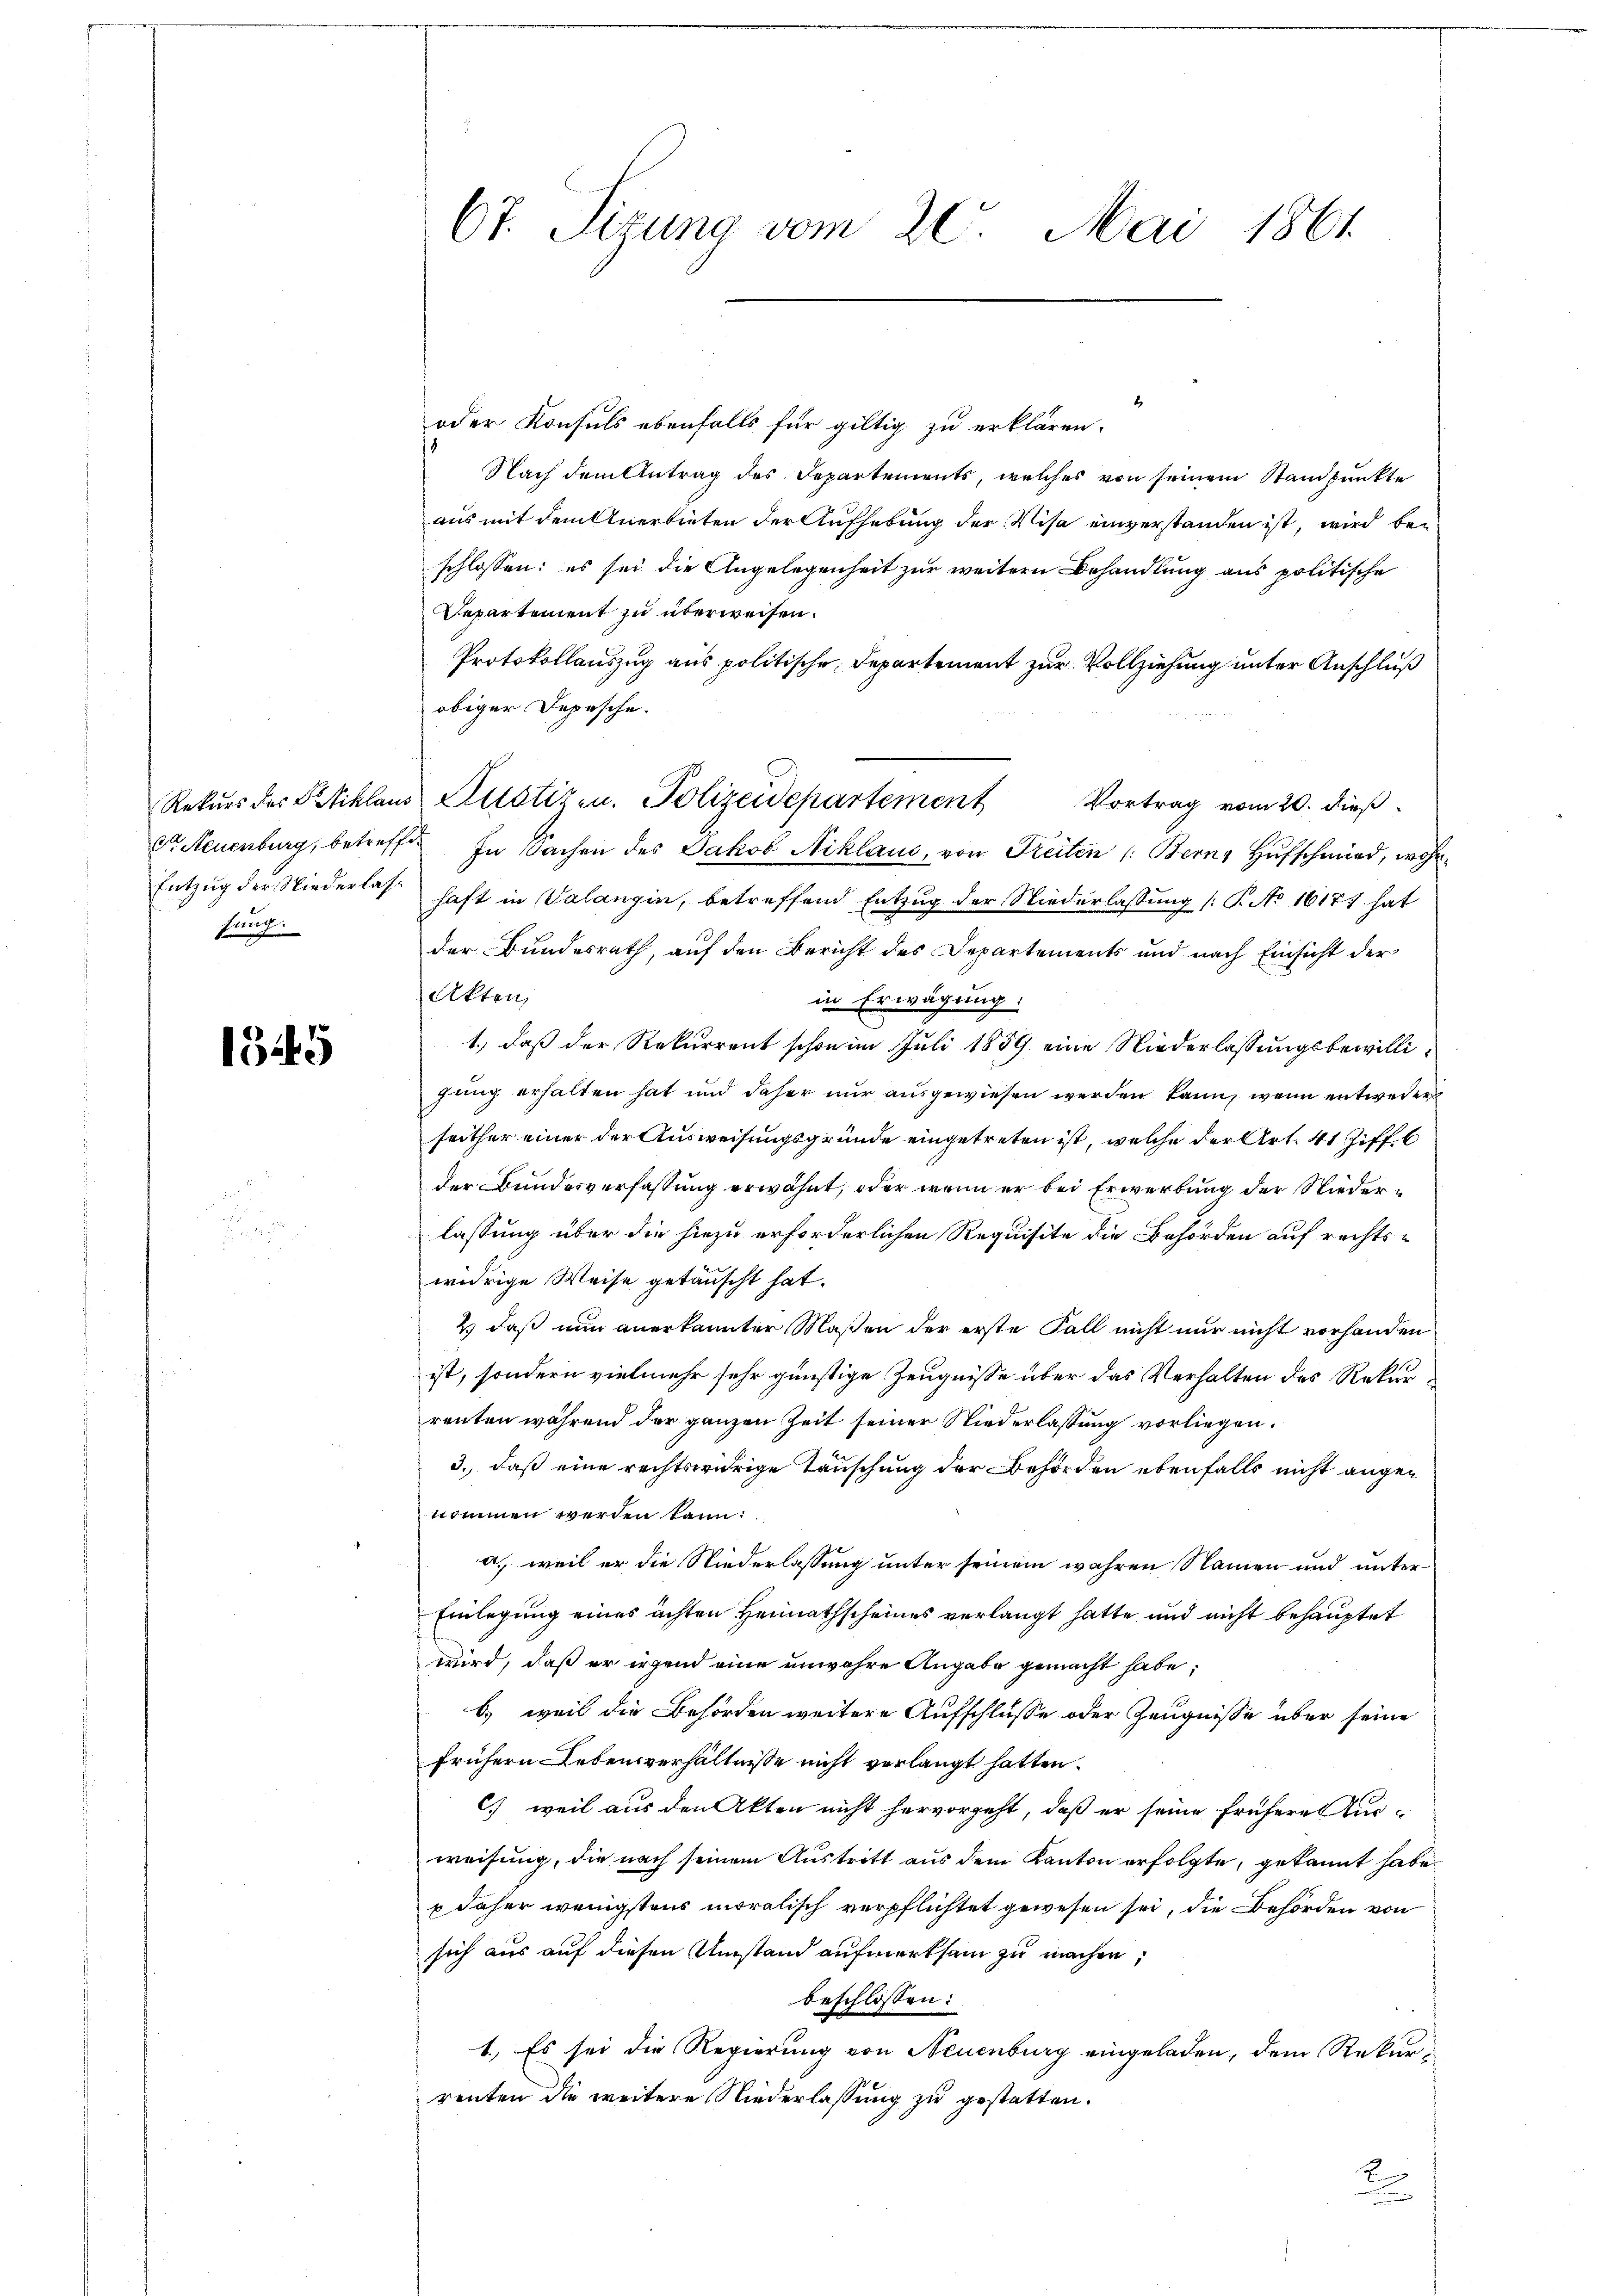
Entzug der Niederlasse
fung.

1345

67. Sizung vom 20. Mai 1861

oder Konsuls ebenfalls für giltig zu erklären.
Nach dem Antrag des Departements, welches von seinem Standpunkte
aus mit dem Anerbieten der Aufhebung der Visa einverstanden ist, wird bei
schlossen: es sei die Angelegenheit zur weitern Behandlung aus politische
Departement zu überweisen.
Protokollauszug aus politische Departement zur Vollziehung unter Anschluß
obiger Depesche.
Vortrag vom 20. dieß
r Neuenburg, betreffe. In Sachen des Jakob Niklaus, von Freiten /: Bern, Hufschmied, wohnhaft in Valangin, betreffend Entzug der Niederlassung (T. No 1617. hat
der Bundesrath, auf den Bericht des Departements und nach Einsicht der
Akten,
in Erwägung:
1.) daß der Rekurrent schon im Juli 1859 eine Niederlassungsbewilligung erhalten hat und daher nur ausgewiesen werden kann, wenn entweder
seither einer der Ausweisungsgründe eingetreten ist, welche der Art. 41 Ziff. 6
der Bundesverfassung erwähnt, oder wenn er bei Erwerbung der Niederlassung über die hiezu erforderlichen Requisite die Behörden auf rechts-
widrige Weise getauscht hat.
2) daß nun anerkannter Maßen der erste Fall nicht nur nicht vorhanden
ist, sondern vielmehr sehr günstige Zeugnisse über das Verhalten des Rekurrenten während der ganzen Zeit seiner Niederlassung vorliegen.
3., daß eine rechtswidrige Tauschung der Behörden ebenfalls nicht angen
nommen werden kann:
a. weil er die Niederlassung unter seinem wahren Namen und unter
Einlegung eines achten Heimathscheines verlangt hatte und nicht behauptet
wird, daß er irgend eine unwahre Angabe gemacht habe;
b.) weil die Behörden weitere Aufschlüsse oder Zeugnisse über seine
frühern Lebensverhältnisse nicht verlangt hatten.
C) weil aus den Akten nicht hervorgeht, daß er seine frühere Anweisung, die nach seinem Austritt aus dem Kanton erfolgte, gekannt habe.
 daher wenigstens moralisch verpflichtet gewesen sei, die Behörden von
sich aus auf diesen Umstand aufmerksam zu machen,
beschlossen:
1., Es sei die Regierung von Neuenburg eingeladen, dem Rekurrenten die weitere Niederlassung zu gestatten.

Rekurs des Stiklaus Pilotizen. Polizeidepartement